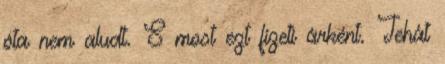
óta nem aludt. S most ezt fizeti árként. Tehát